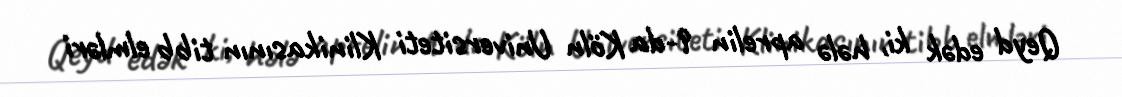
Qeyd edək ki, hələ aprelin 9-da Köln Universiteti Klinikasının tibb elmləri